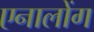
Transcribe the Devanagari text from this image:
एनालोंग